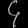
Digit: ၄